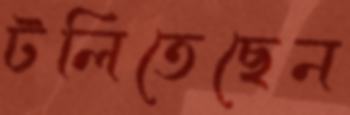
টলিতেছেন